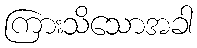
ကြားသိသောအခါ